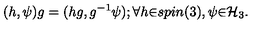
( h , \psi ) g = ( h g , g ^ { - 1 } \psi ) ; { \forall } h { \in } s p i n ( 3 ) , \psi { \in } { \cal H } _ { 3 } .